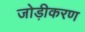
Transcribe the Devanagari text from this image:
जोड़ीकरण